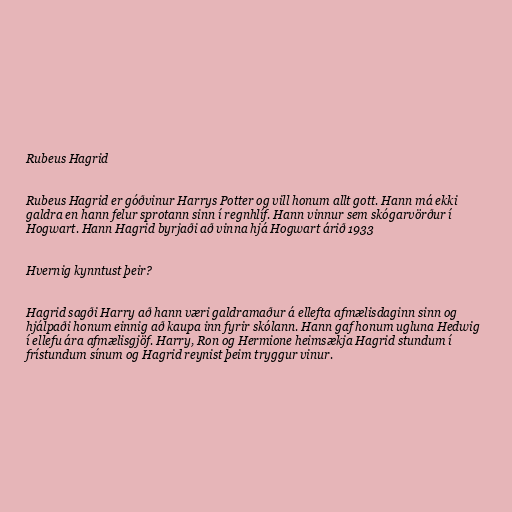
Rubeus Hagrid

Rubeus Hagrid er góðvinur Harrys Potter og vill honum allt gott. Hann má ekki
galdra en hann felur sprotann sinn í regnhlíf. Hann vinnur sem skógarvörður í
Hogwart. Hann Hagrid byrjaði að vinna hjá Hogwart árið 1933

Hvernig kynntust þeir?

Hagrid sagði Harry að hann væri galdramaður á ellefta afmælisdaginn sinn og
hjálpaði honum einnig að kaupa inn fyrir skólann. Hann gaf honum ugluna Hedwig
í ellefu ára afmælisgjöf. Harry, Ron og Hermione heimsækja Hagrid stundum í
frístundum sínum og Hagrid reynist þeim tryggur vinur.